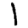
Digit: 1